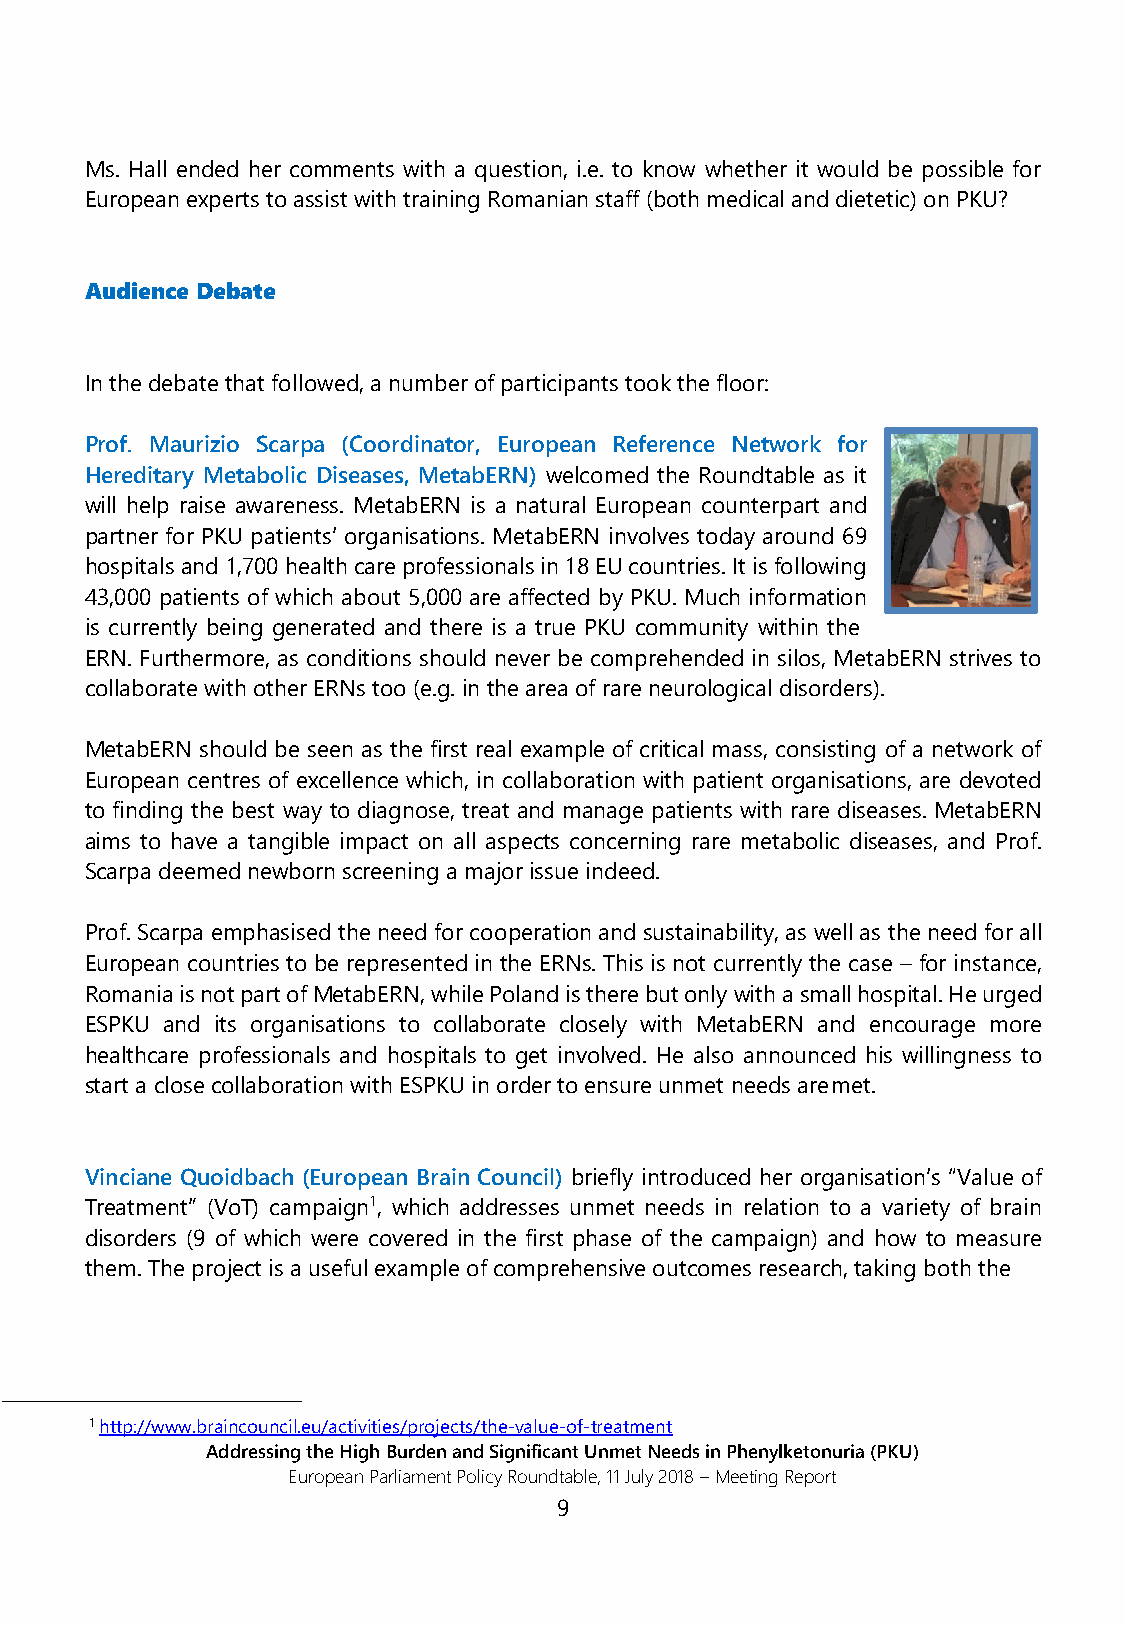
Ms. Hall ended her comments with a question, i.e. to know whether it would be possible for
 European experts to assist with training Romanian staff (both medical and dietetic) on PKU?
 Audience Debate
 In the debate that followed, a number of participants took the floor:
 Prof. Maurizio Scarpa (Coordinator, European Reference Network for
 Hereditary Metabolic Diseases, MetabERN) welcomed the Roundtable as it
 will help raise awareness. MetabERN is a natural European counterpart and
 partner for PKU patients’ organisations. MetabERN involves today around 69
 hospitals and 1,700 health care professionals in 18 EU countries. It is following
 43,000 patients of which about 5,000 are affected by PKU. Much information
 is currently being generated and there is a true PKU community within the
 ERN. Furthermore, as conditions should never be comprehended in silos, MetabERN strives to
 collaborate with other ERNs too (e.g. in the area of rare neurological disorders).
 MetabERN should be seen as the first real example of critical mass, consisting of a network of
 European centres of excellence which, in collaboration with patient organisations, are devoted
 to finding the best way to diagnose, treat and manage patients with rare diseases. MetabERN
 aims to have a tangible impact on all aspects concerning rare metabolic diseases, and Prof.
 Scarpa deemed newborn screening a major issue indeed.
 Prof. Scarpa emphasised the need for cooperation and sustainability, as well as the need for all
 European countries to be represented in the ERNs. This is not currently the case – for instance,
 Romania is not part of MetabERN, while Poland is there but only with a small hospital. He urged
 ESPKU and its organisations to collaborate closely with MetabERN and encourage more
 healthcare professionals and hospitals to get involved. He also announced his willingness to
 start a close collaboration with ESPKU in order to ensure unmet needs are met.
 Vinciane Quoidbach (European Brain Council) briefly introduced her organisation’s “Value of
 Treatment” (VoT) campaign1, which addresses unmet needs in relation to a variety of brain
 disorders (9 of which were covered in the first phase of the campaign) and how to measure
 them. The project is a useful example of comprehensive outcomes research, taking both the
 1 http://www.braincouncil.eu/activities/projects/the-value-of-treatment
 Addressing the High Burden and Significant Unmet Needs in Phenylketonuria (PKU)
 European Parliament Policy Roundtable, 11 July 2018 – Meeting Report
 9